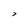
Character: 7